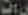
نات